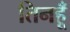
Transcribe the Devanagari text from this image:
तिनहूँ